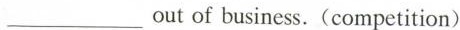
___ out of business. (competition)